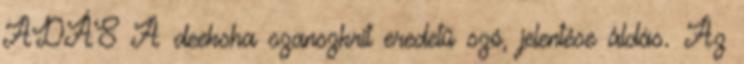
ADÁS A deeksha szanszkrit eredetű szó, jelentése áldás. Az